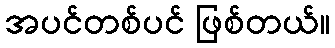
အပင်တစ်ပင် ဖြစ်တယ်။